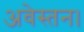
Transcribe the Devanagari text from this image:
अवेस्तन।